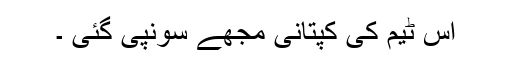
اس ٹیم کی کپتانی مجھے سونپی گئی ۔